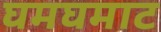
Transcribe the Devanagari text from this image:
घमघमाट